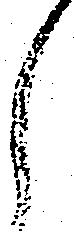
し